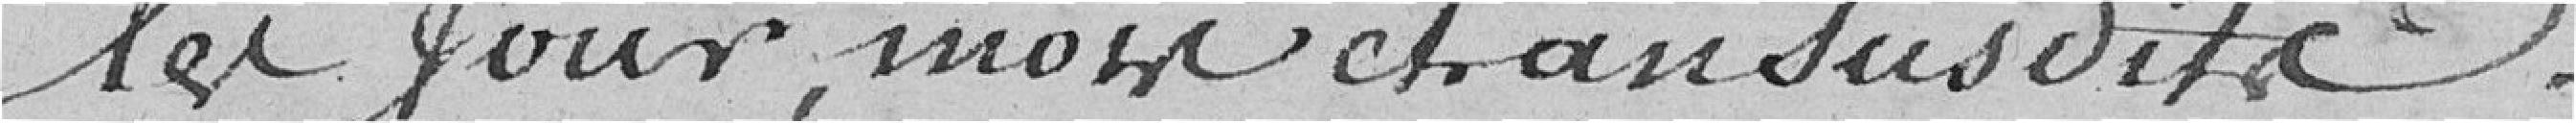
les jours, mois et an susdits